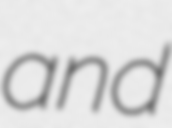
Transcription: and